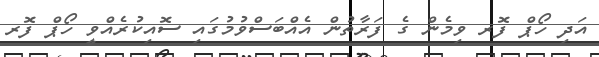
އަދި ހޯޕް ފޮރ ވިމެން ގެ ފަރާތުން އެއްބަސްވުމުގައި ސޮއިކުރެއްވީ ހޯޕް ފޮރ